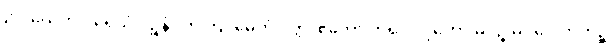
ဥပါယေဟိ ပရေသံ ဝဉ္စနံ။ တတြိဒမေကံ ဝတ္ထု ဧကော ကိရ လုဒ္ဒကော မိဂဉ္စ မိဂပေါတကဉ္စ